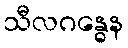
သီလဂန္ဓေန